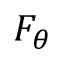
F _ { \theta }